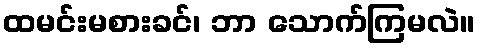
ထမင်းမစားခင်၊ ဘာ သောက်ကြမလဲ။